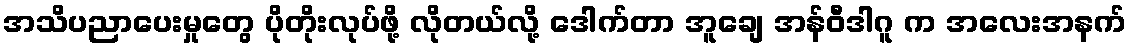
အသိပညာပေးမှုတွေ ပိုတိုးလုပ်ဖို့ လိုတယ်လို့ ဒေါက်တာ အူချေ အန်ဝီဒါဂူ က အလေးအနက်